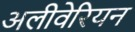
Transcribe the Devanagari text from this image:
अलीवेरियन